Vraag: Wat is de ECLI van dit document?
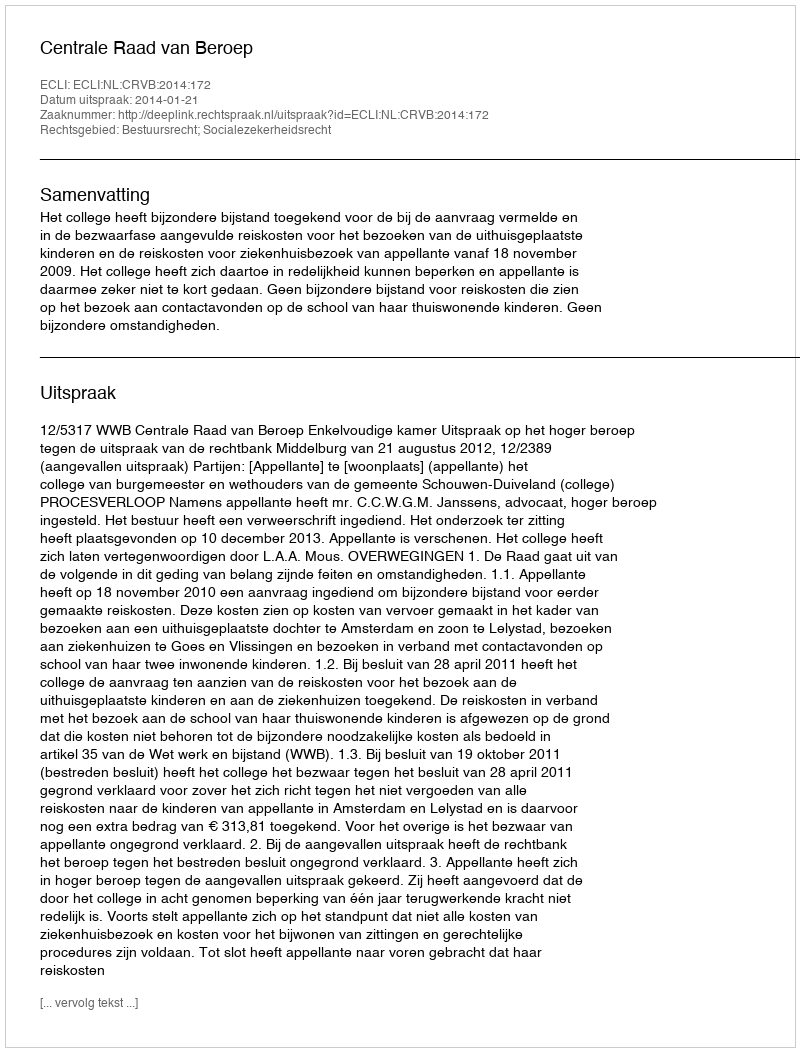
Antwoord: ECLI:NL:CRVB:2014:172